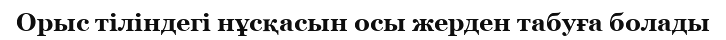
Орыс тіліндегі нұсқасын осы жерден табуға болады